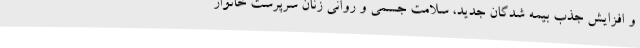
و افزایش جذب بیمه شدگان جدید، سلامت جسمی و روانی زنان سرپرست خانوار